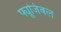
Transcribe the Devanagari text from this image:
फ्यूजिबल